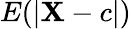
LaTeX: E(\left|\mathbf{X}-c\right|)